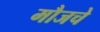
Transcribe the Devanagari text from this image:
मौजचे